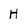
Character: H